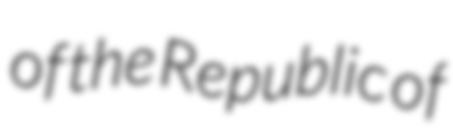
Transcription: of the Republic of